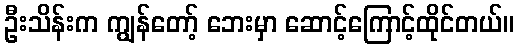
ဦးသိန်းက ကျွန်တော့် ဘေးမှာ ဆောင့်ကြောင့်ထိုင်တယ်။